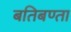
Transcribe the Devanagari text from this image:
बतिबण्ता